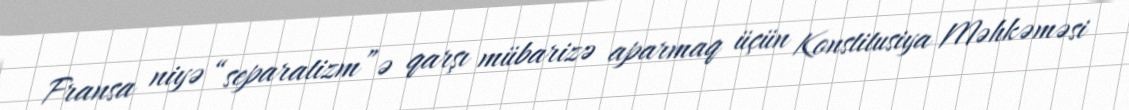
Fransa niyə “separatizm”ə qarşı mübarizə aparmaq üçün Konstitusiya Məhkəməsi